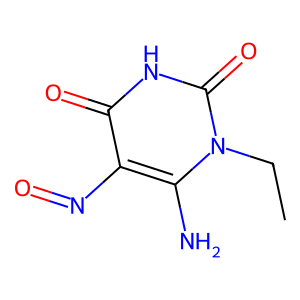
SMILES: CCn1c(N)c(N=O)c(=O)[nH]c1=O
Inhibits HIV replication: No